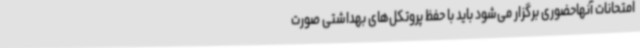
امتحانات آنهاحضوری برگزار می‌شود باید با حفظ پروتکل‌های بهداشتی صورت